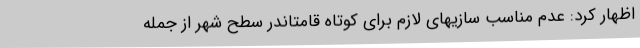
اظهار کرد: عدم مناسب سازیهای لازم برای کوتاه قامتاندر سطح شهر از جمله